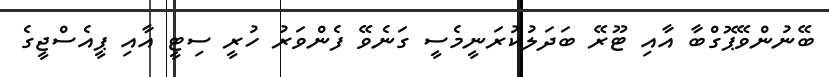
ބޭނުންވޭޕޮގްބާ އާއި ޓޫރޭ ބަދަލުކުރަނީމެސީ ގަނެވޭ ފެންވަރު ހުރީ ސިޓީ އާއި ޕީއެސްޖީގެ